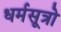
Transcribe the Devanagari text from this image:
धर्मसूत्रो